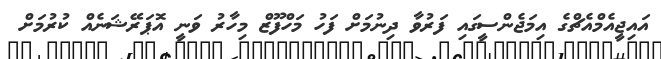
އައިޖީއެމްއެޗްގެ އިމަޖެންސީގައި ފަރުވާ ދިނުމަށް ފަހު މަހްފޫޒް މިހާރު ވަނީ އޮޕަރޭޝަނެއް ކުރުމަށް